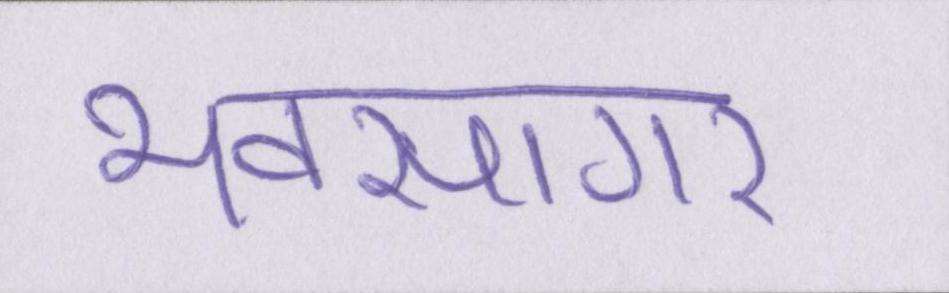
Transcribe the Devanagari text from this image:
भवसागर